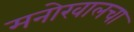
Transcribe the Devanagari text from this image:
मनोखालचा